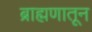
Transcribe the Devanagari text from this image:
ब्राह्मणातून